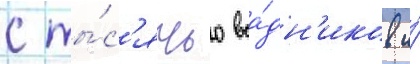
с ты́с'ячью вса́дн'иков и́